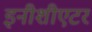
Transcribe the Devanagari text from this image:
इनीशीएटर